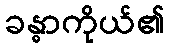
ခန္ဓာကိုယ်၏